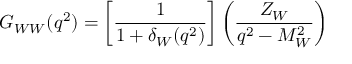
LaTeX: G _ { W W } ( q ^ { 2 } ) = \left[ \frac { 1 } { 1 + \delta _ { W } ( q ^ { 2 } ) } \right] \left( \frac { Z _ { W } } { q ^ { 2 } - M _ { W } ^ { 2 } } \right)